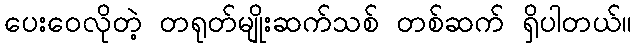
ပေးဝေလိုတဲ့ တရုတ်မျိုးဆက်သစ် တစ်ဆက် ရှိပါတယ်။